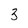
Character: 3